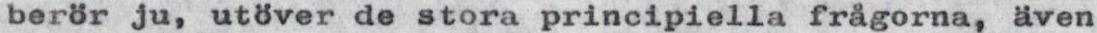
berör ju, utöver de stora principiella frågorna, även